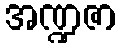
အဏ္ဍဇာ